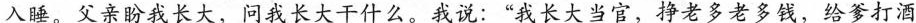
入睡。父亲盼我长大，问我长大干什么。我说：”我长大当官，挣老多老多钱，给爹打酒